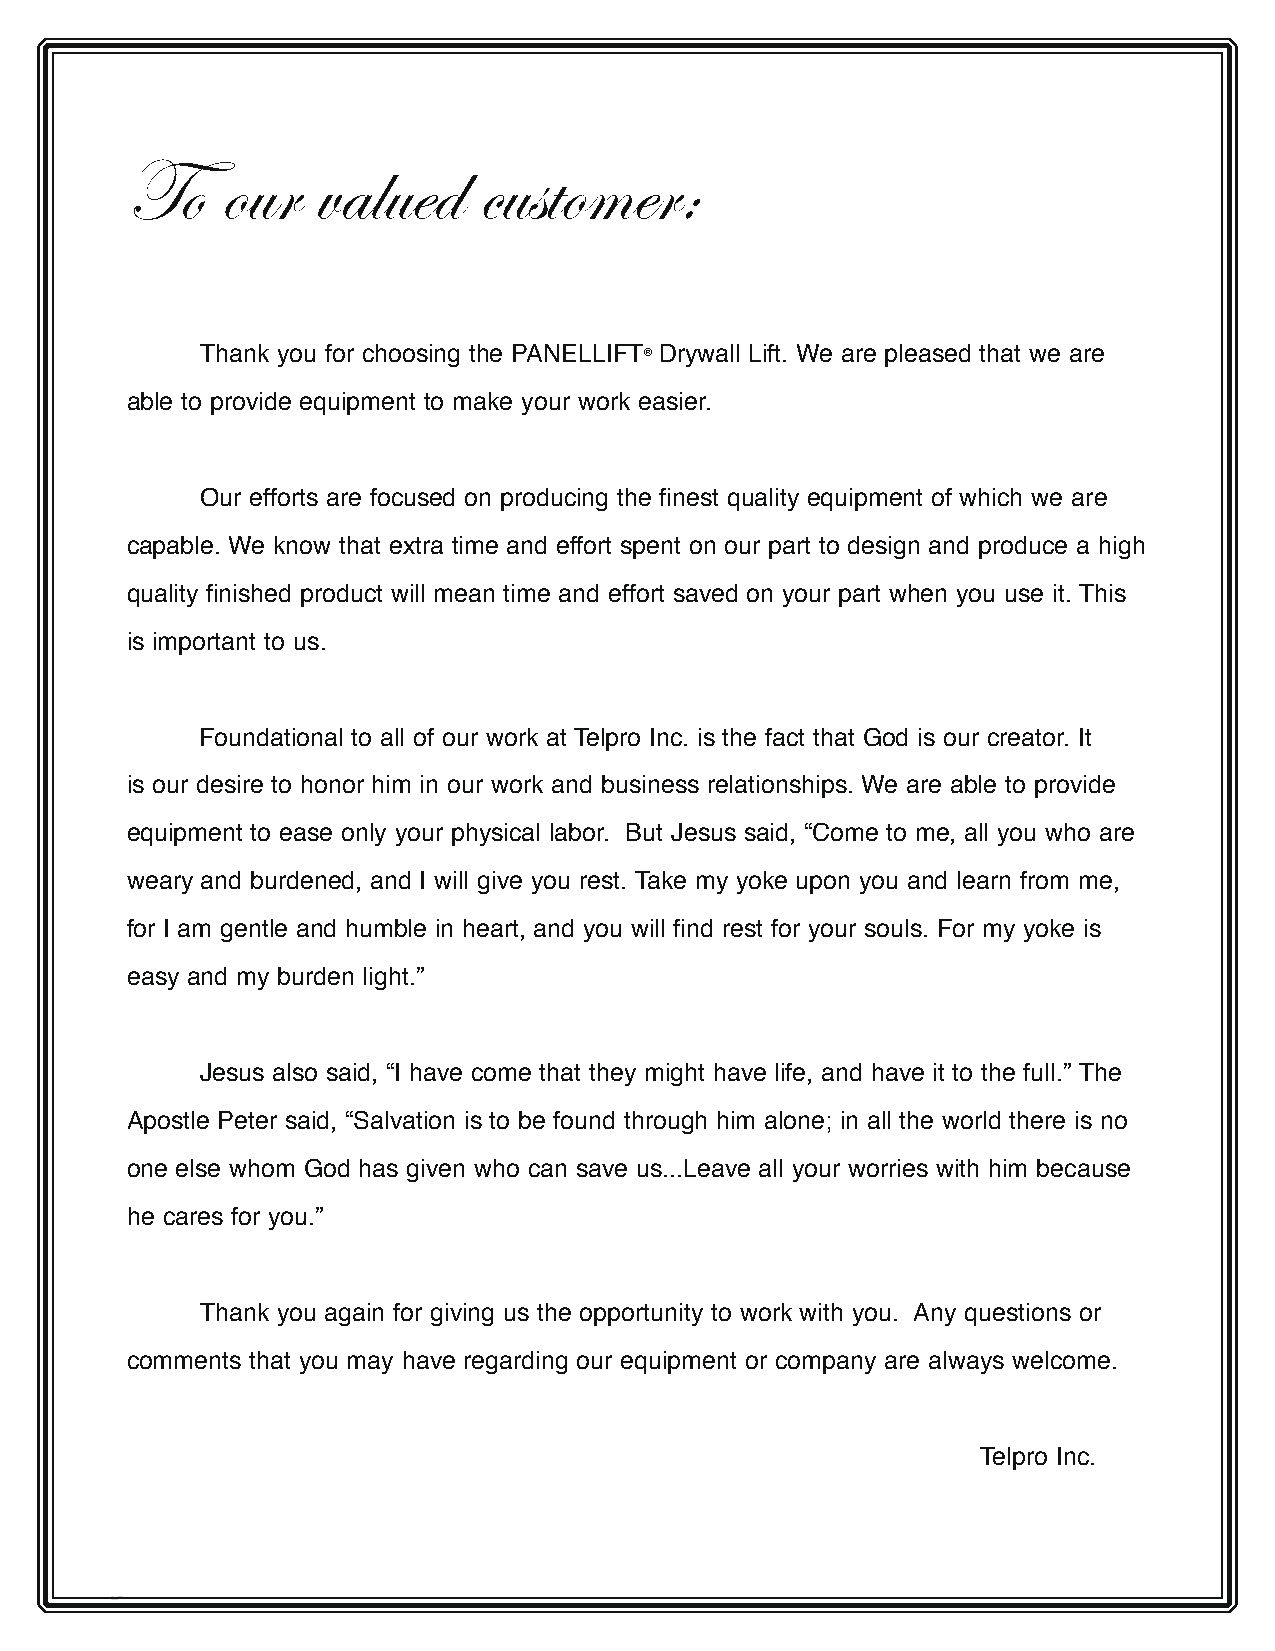
To     our   valued     customer:
 Thank you for choosing the PANELLIFT® Drywall Lift. We are pleased that we are
 able to provide equipment to make your work easier.
 Our efforts are focused on producing the finest quality equipment of which we are
 capable. We know that extra time and effort spent on our part to design and produce a high
 quality finished product will mean time and effort saved on your part when you use it. This
 is important to us.
 Foundational to all of our work at Telpro Inc. is the fact that God is our creator. It
 is our desire to honor him in our work and business relationships. We are able to provide
 equipment to ease only your physical labor. But Jesus said, “Come to me, all you who are
 weary and burdened, and I will give you rest. Take my yoke upon you and learn from me,
 for I am gentle and humble in heart, and you will find rest for your souls. For my yoke is
 easy and my burden light.”
 Jesus also said, “I have come that they might have life, and have it to the full.” The
 Apostle Peter said, “Salvation is to be found through him alone; in all the world there is no
 one else whom God has given who can save us...Leave all your worries with him because
 he cares for you.”
 Thank you again for giving us the opportunity to work with you. Any questions or
 comments that you may have regarding our equipment or company are always welcome.
 Telpro Inc.